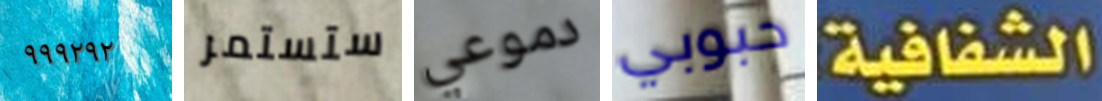
٩٩٩٢٩٢ ستستمر دموعي حبوبي الشفافية: